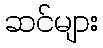
ဆင်များ